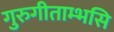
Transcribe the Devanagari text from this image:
गुरुगीताम्भसि